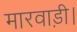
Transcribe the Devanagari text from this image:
मारवाड़ी।